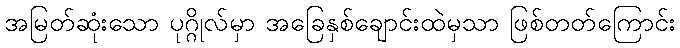
အမြတ်ဆုံးသော ပုဂ္ဂိုလ်မှာ အခြေနှစ်ချောင်းထဲမှသာ ဖြစ်တတ်ကြောင်း